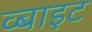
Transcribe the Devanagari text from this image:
व्बाइट